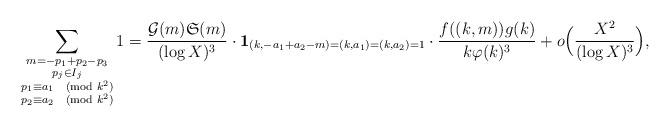
LaTeX: \begin{align*}\sum_{\substack{m = -p_1 + p_2 - p_3 \\ p_j \in I_j \\ p_1 \equiv a_1 \pmod{k^2} \\ p_2 \equiv a_2 \pmod{k^2}}} 1 = \frac{\mathcal{G}(m)\mathfrak{S}(m)}{(\log X)^3} \cdot \mathbf{1}_{(k, -a_1 + a_2 - m) = (k,a_1) = (k,a_2) = 1} \cdot \frac{f((k, m)) g(k)}{k \varphi(k)^3} + o \Big ( \frac{X^2}{(\log X)^3} \Big ),\end{align*}